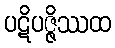
ပဋိပဇ္ဇိဿထ